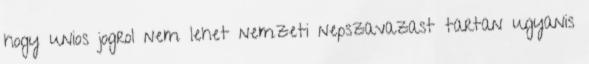
hogy unios jogrol nem lehet nemzeti nepszavazast tartan ugyanis